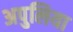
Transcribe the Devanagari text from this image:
अपुलिया